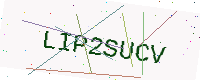
Text: LIP2SUCV